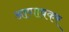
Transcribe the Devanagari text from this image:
आणावकर